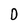
Character: D